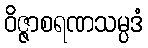
ဝိဇ္ဇာစရဏသမ္ပဒံ